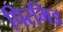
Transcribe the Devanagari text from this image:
पिरमिड